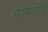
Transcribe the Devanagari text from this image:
परममार्ग